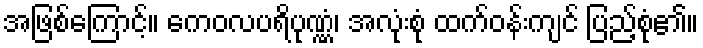
အဖြစ်ကြောင့်။ ကေဝလပရိပုဏ္ဏံ၊ အလုံးစုံ ထက်ဝန်းကျင် ပြည့်စုံ၏။